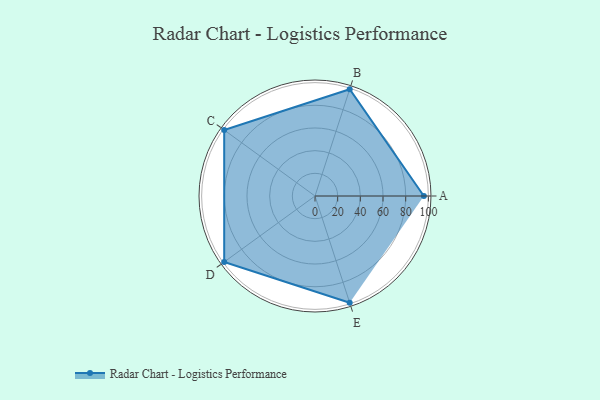
{"axis": {"x": "Skill", "y": "Score"}, "legend": ["Profile"], "data": [{"x": "A", "y": 96.0, "type": "Profile"}, {"x": "B", "y": 99.0, "type": "Profile"}, {"x": "C", "y": 99, "type": "Profile"}, {"x": "D", "y": 99, "type": "Profile"}, {"x": "E", "y": 99, "type": "Profile"}]}